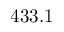
4 3 3 . 1